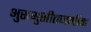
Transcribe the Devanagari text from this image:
भुसभुसीतजमीन